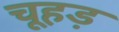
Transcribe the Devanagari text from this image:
चूहड़